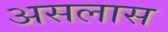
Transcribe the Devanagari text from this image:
असलास